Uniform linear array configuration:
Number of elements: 24
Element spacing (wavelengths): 0.75
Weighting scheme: cosine
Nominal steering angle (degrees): -30
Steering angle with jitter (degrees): -31.507
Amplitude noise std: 0.05
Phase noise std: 0.05

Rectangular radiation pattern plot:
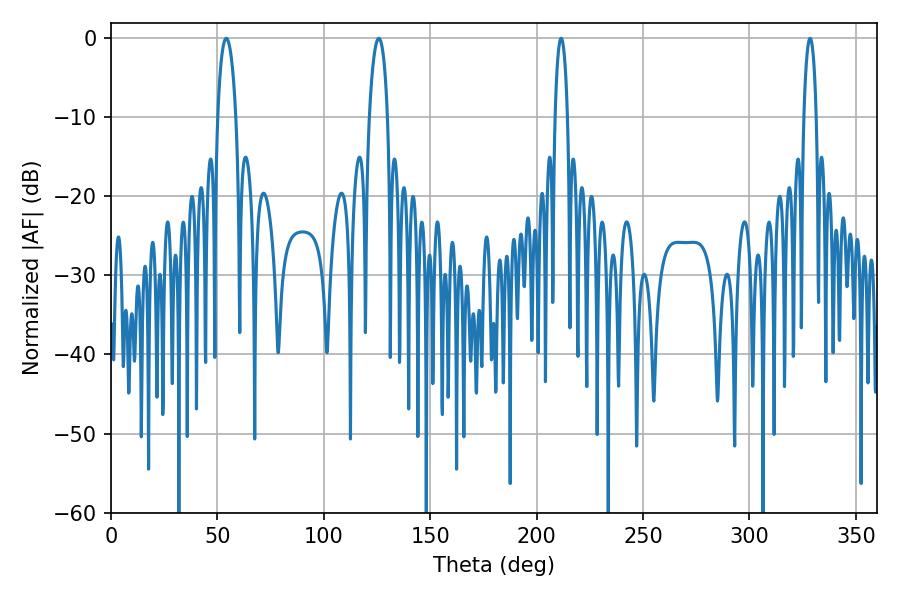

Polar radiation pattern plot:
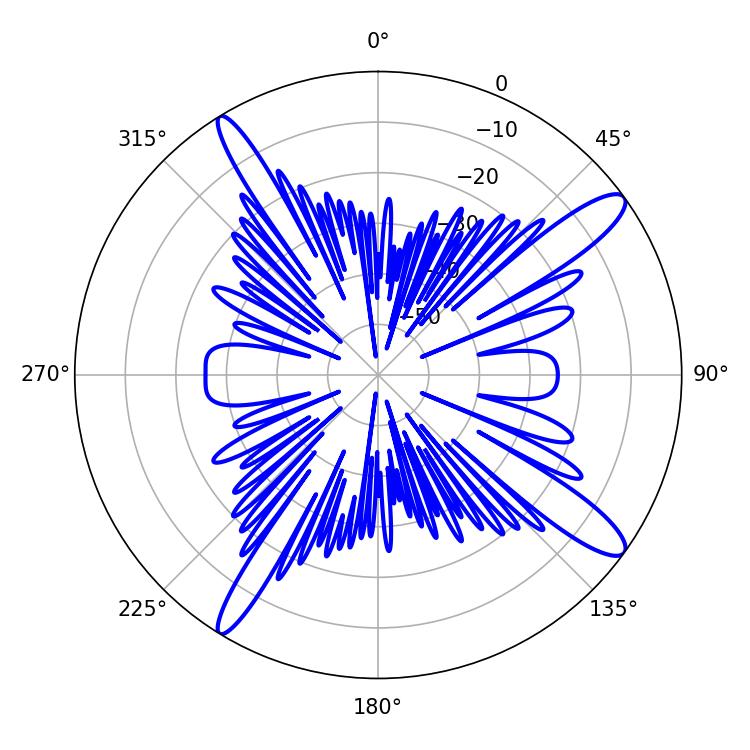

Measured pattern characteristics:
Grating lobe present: TRUE
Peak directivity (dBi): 13.703
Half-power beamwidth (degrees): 3.24
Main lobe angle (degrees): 211.5